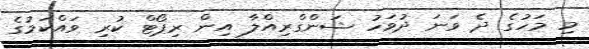
މި މަހުގެ ދެ ވަނަ ދުވަހު ޝަންގްރިއްލާ އިން ރިޕޯޓް ކުރި ވައްކަމުގެ